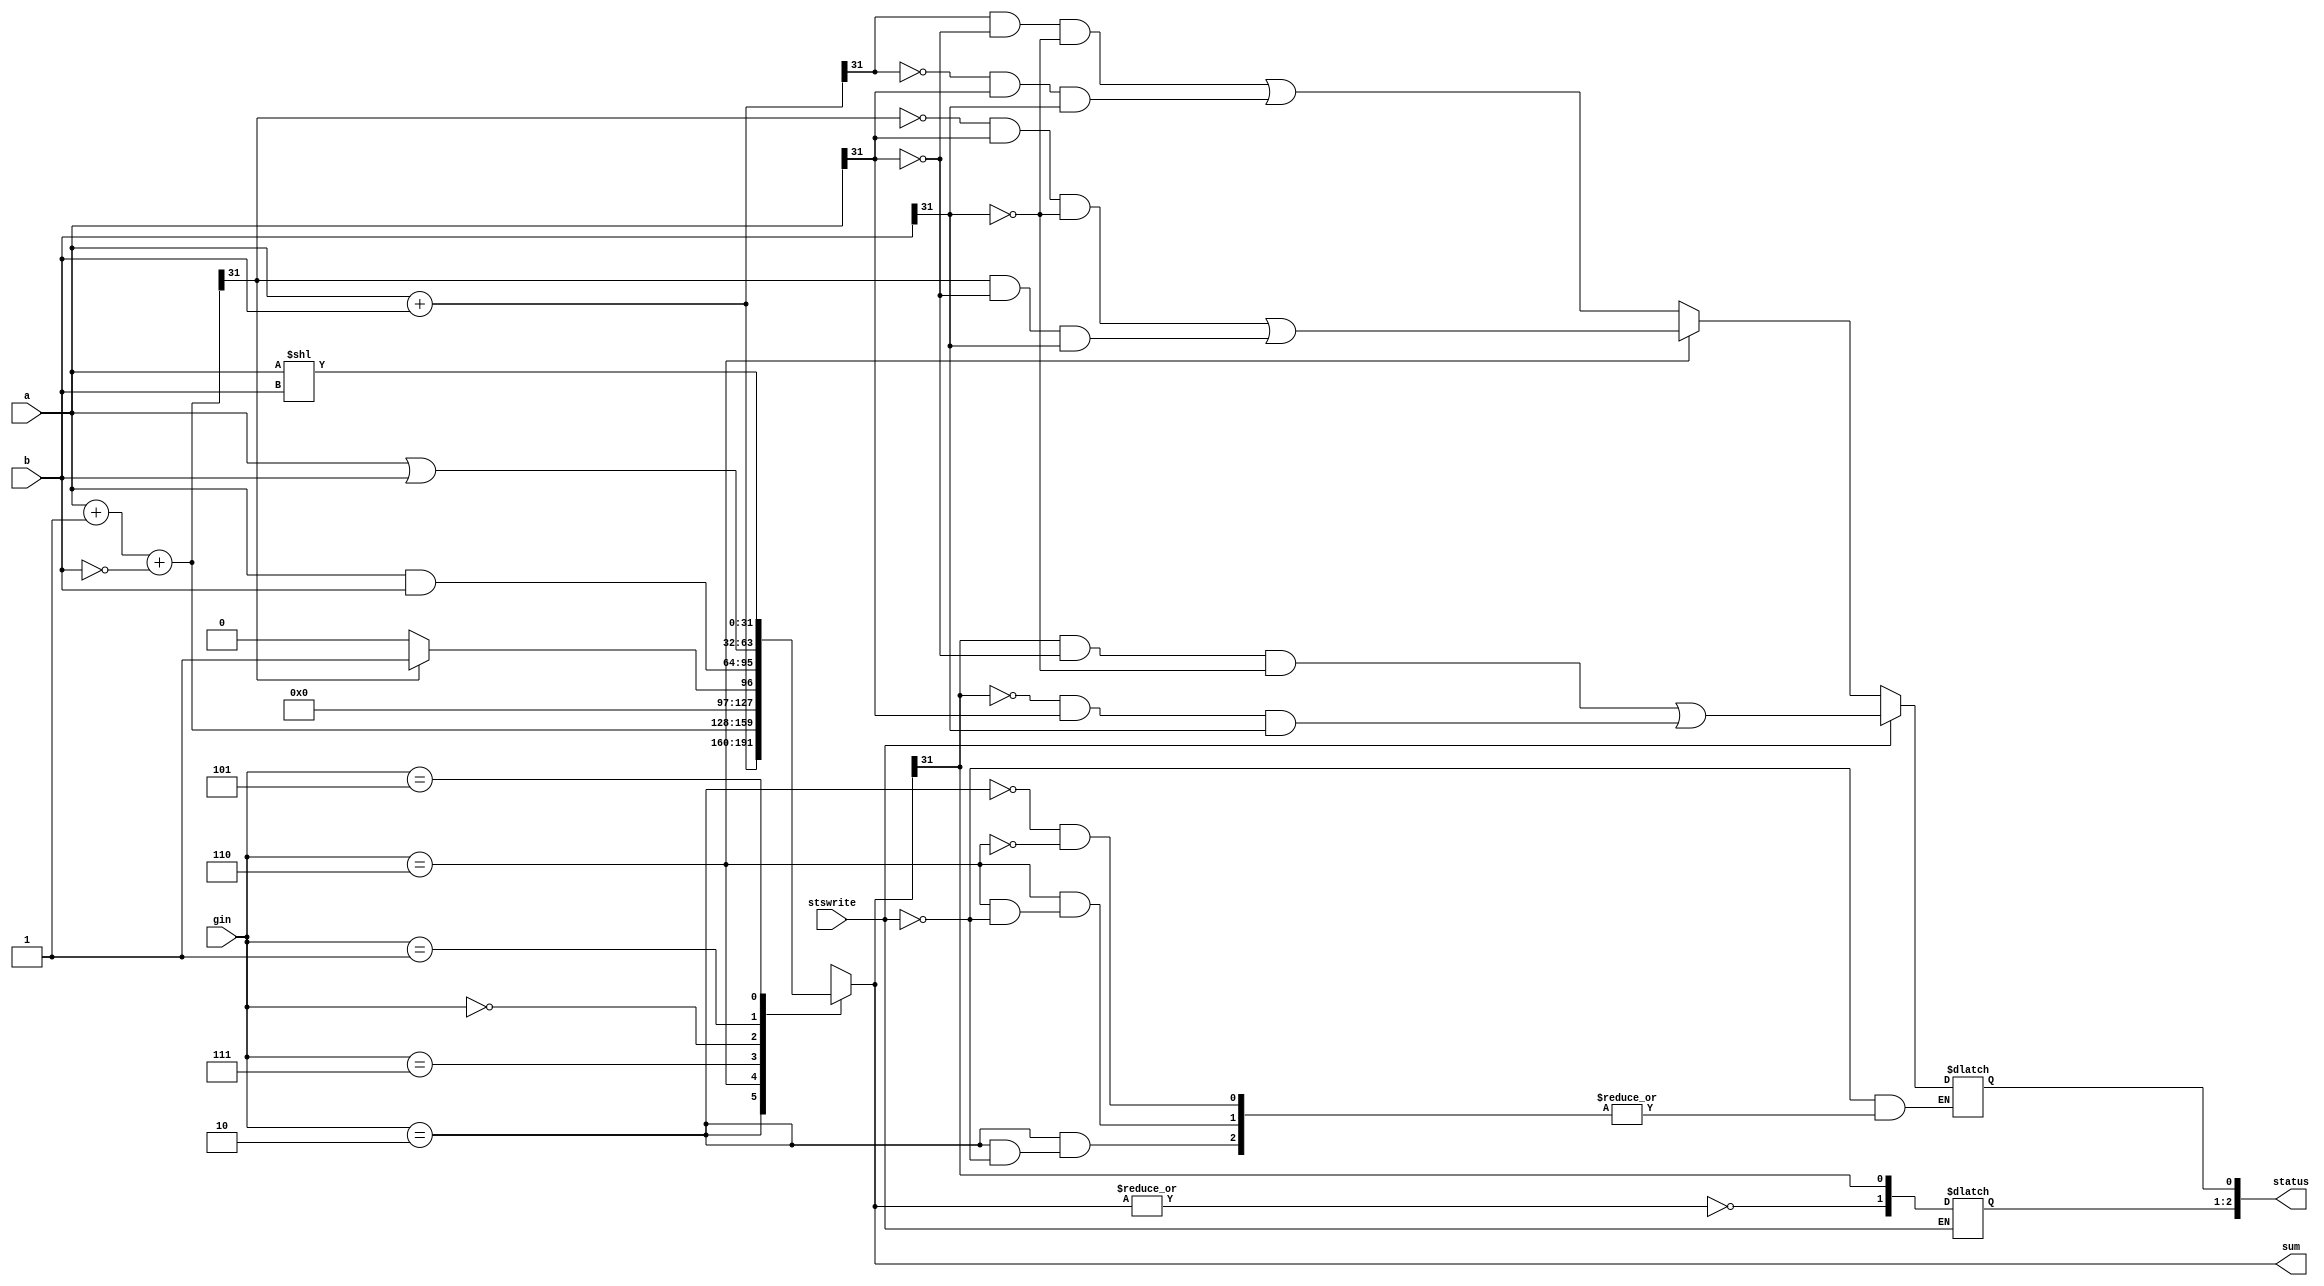
module alu32(sum,a,b,status,gin,stswrite);//ALU operation according to the ALU control line values
output [31:0] sum;
input [31:0] a,b; 
input [2:0] gin;//ALU control line
reg [31:0] sum;
reg [31:0] less;
output[2:0] status;
reg [2:0] status;
input stswrite;
always @(a or b or gin or stswrite)
begin
	case(gin)
	3'b010:
	begin
		sum=a+b; 		//ALU control line=010, ADD
		if(stswrite)
		begin
			status[0]=(sum[31] & ~a[31] & ~b[31]) | (~sum[31] & a[31] & b[31]); // overflow
		end
	end
	3'b110:
	begin
		sum=a+1+(~b);	//ALU control line=110, SUB
		if(stswrite)
		begin
			status[0]= (~sum[31]&a[31]&(~b[31]))|(sum[31]&~a[31]&b[31]); // overflow
		end
	end
	3'b111: begin less=a+1+(~b);	//ALU control line=111, set on less than
			if (less[31]) sum=1;	
			else sum=0;
		  end
	3'b000: sum=a & b;	//ALU control line=000, AND
	3'b001: sum=a|b;		//ALU control line=001, OR
	3'b101: sum=a<<b;
	default: sum=31'bx;	
	endcase
	
	if(stswrite)
	begin
		status[2]=~(|sum); // zero
		status[1]=sum[31]; // negative
		status[0]=(sum[31] & ~a[31] & ~b[31]) | (~sum[31] & a[31] & b[31]); // overflow
	end
end
endmodule